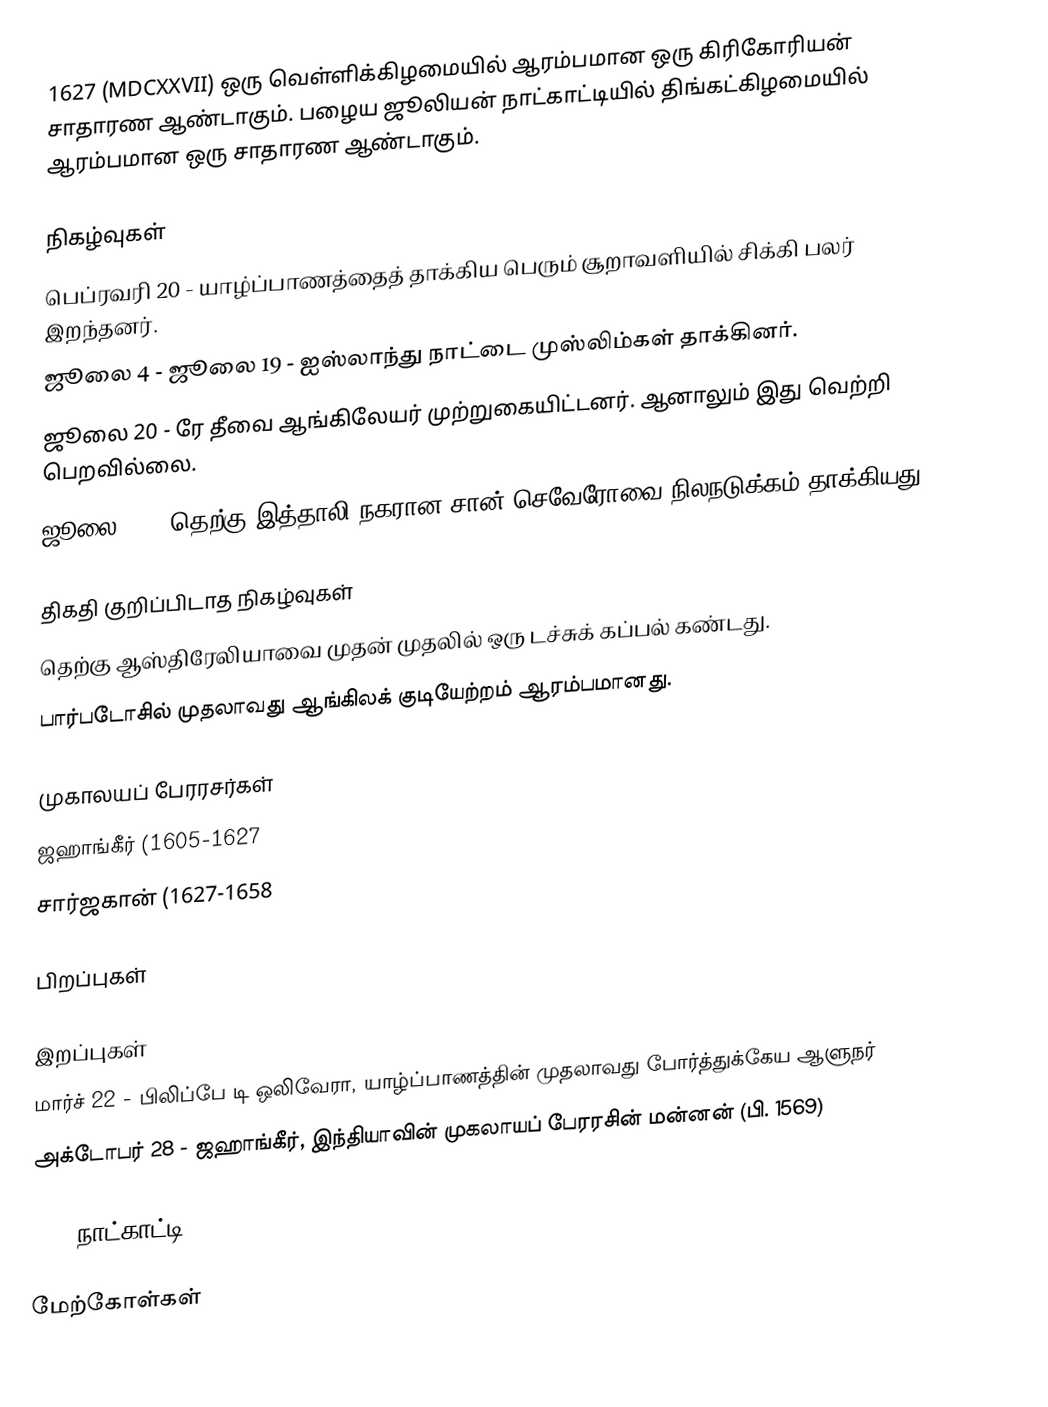
1627 (MDCXXVII) ஒரு வெள்ளிக்கிழமையில் ஆரம்பமான ஒரு கிரிகோரியன் சாதாரண ஆண்டாகும். பழைய ஜூலியன் நாட்காட்டியில் திங்கட்கிழமையில் ஆரம்பமான ஒரு சாதாரண ஆண்டாகும்.

நிகழ்வுகள்
 பெப்ரவரி 20 - யாழ்ப்பாணத்தைத் தாக்கிய பெரும் சூறாவளியில் சிக்கி பலர் இறந்தனர்.
 ஜூலை 4 - ஜூலை 19 - ஐஸ்லாந்து நாட்டை முஸ்லிம்கள் தாக்கினர்.
 ஜூலை 20 - ரே தீவை ஆங்கிலேயர் முற்றுகையிட்டனர். ஆனாலும் இது வெற்றி பெறவில்லை.
 ஜூலை 27 - தெற்கு இத்தாலி நகரான சான் செவேரோவை நிலநடுக்கம் தாக்கியது.

திகதி குறிப்பிடாத நிகழ்வுகள்
 தெற்கு ஆஸ்திரேலியாவை முதன் முதலில் ஒரு டச்சுக் கப்பல் கண்டது.
 பார்படோசில் முதலாவது ஆங்கிலக் குடியேற்றம் ஆரம்பமானது.

முகாலயப் பேரரசர்கள்
 ஜஹாங்கீர் (1605-1627
 சார்ஜகான் (1627-1658

பிறப்புகள்

இறப்புகள்
 மார்ச் 22 - பிலிப்பே டி ஒலிவேரா, யாழ்ப்பாணத்தின் முதலாவது போர்த்துக்கேய ஆளுநர்
 அக்டோபர் 28 - ஜஹாங்கீர், இந்தியாவின் முகலாயப் பேரரசின் மன்னன் (பி. 1569)

1627 நாட்காட்டி

மேற்கோள்கள்